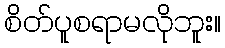
စိတ်ပူစရာမလိုဘူး။